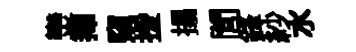
𤓖籜窺援搨閭鋒紗水